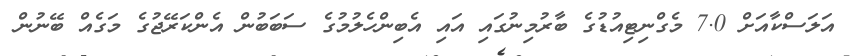
އަލަސްކާއަށް 7.0 މެގްނިޓިއުޑުގެ ބާރުމިނުގައި އައި އެބިންހެލުމުގެ ސަބަބުން އެންކަރޭޖުގެ މަގެއް ބޭނުން